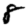
Digit: 8